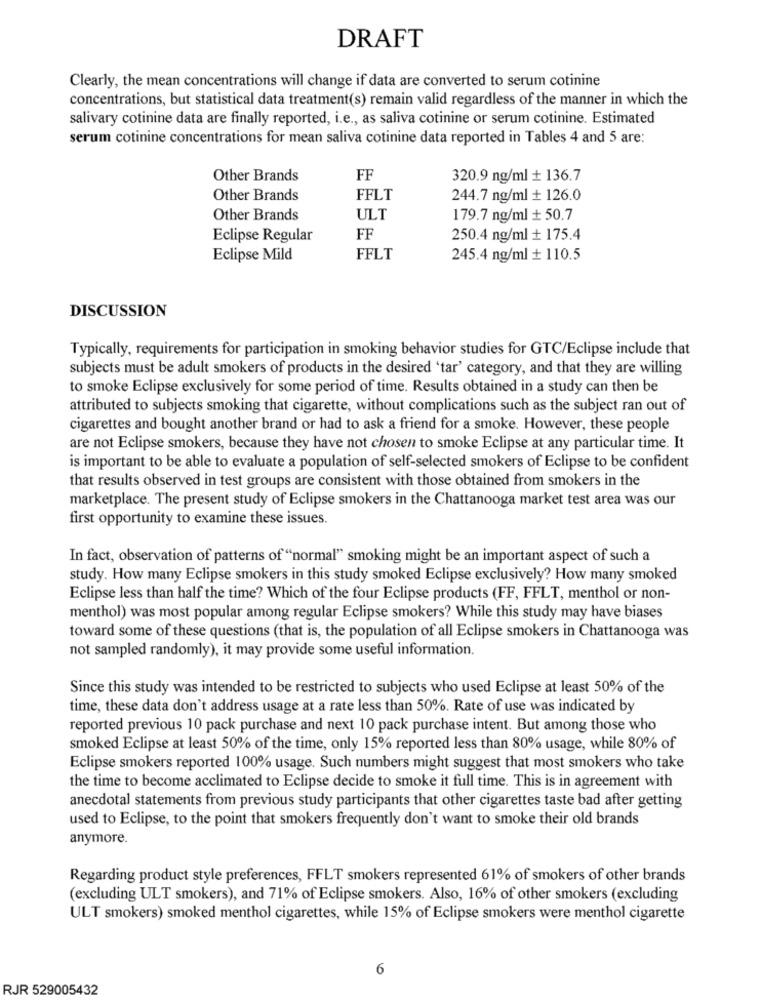
DRAFT
Clearly, the mean concentrations will change if data are converted to serum cotinine
concentrations, but statistical data treatment(s) remain valid regardless of the manner in which the
salivary cotinine data are finally reported, i.e ., as saliva cotinine or serum cotinine. Estimated
serum cotinine concentrations for mean saliva cotinine data reported in Tables 4 and 5 are:
Other Brands
FF
320.9 ng/ml + 136.7
Other Brands
FFLT
244.7 ng/ml + 126.0
Other Brands
ULT
179.7 ng/ml + 50.7
Eclipse Regular
FF
250.4 ng/ml + 175.4
Eclipse Mild
FFLT
245.4 ng/ml + 110.5
DISCUSSION
Typically, requirements for participation in smoking behavior studies for GTC/Eclipse include that
subjects must be adult smokers of products in the desired 'tar' category, and that they are willing
to smoke Eclipse exclusively for some period of time. Results obtained in a study can then be
attributed to subjects smoking that cigarette, without complications such as the subject ran out of
cigarettes and bought another brand or had to ask a friend for a smoke. However, these people
are not Eclipse smokers, because they have not chosen to smoke Eclipse at any particular time. It
is important to be able to evaluate a population of self-selected smokers of Eclipse to be confident
that results observed in test groups are consistent with those obtained from smokers in the
marketplace. The present study of Eclipse smokers in the Chattanooga market test area was our
first opportunity to examine these issues.
In fact, observation of patterns of "normal" smoking might be an important aspect of such a
study. How many Eclipse smokers in this study smoked Eclipse exclusively? How many smoked
Eclipse less than half the time? Which of the four Eclipse products (FF, FFLT, menthol or non-
menthol) was most popular among regular Eclipse smokers? While this study may have biases
toward some of these questions (that is, the population of all Eclipse smokers in Chattanooga was
not sampled randomly), it may provide some useful information.
Since this study was intended to be restricted to subjects who used Eclipse at least 50% of the
time, these data don't address usage at a rate less than 50%. Rate of use was indicated by
reported previous 10 pack purchase and next 10 pack purchase intent. But among those who
smoked Eclipse at least 50% of the time, only 15% reported less than 80% usage, while 80% of
Eclipse smokers reported 100% usage. Such numbers might suggest that most smokers who take
the time to become acclimated to Eclipse decide to smoke it full time. This is in agreement with
anecdotal statements from previous study participants that other cigarettes taste bad after getting
used to Eclipse, to the point that smokers frequently don't want to smoke their old brands
anymore.
Regarding product style preferences, FFLT smokers represented 61% of smokers of other brands
(excluding ULT smokers), and 71% of Eclipse smokers. Also, 16% of other smokers (excluding
ULT smokers) smoked menthol cigarettes, while 15% of Eclipse smokers were menthol cigarette
6
RJR 529005432